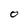
Character: O